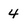
Character: 4